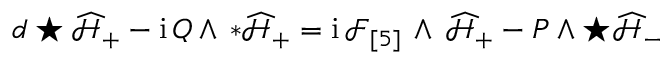
d \star \widehat { \mathcal { H } } _ { + } - \mathrm { i } \, Q \wedge \, * \widehat { \mathcal { H } } _ { + } = \mathrm { i } \, \mathcal { F } _ { [ 5 ] } \, \wedge \, \widehat { \mathcal { H } } _ { + } - P \wedge \star \widehat { \mathcal { H } } _ { - }